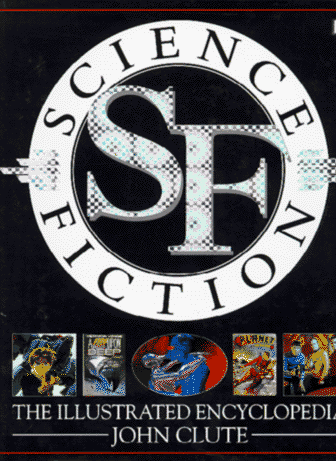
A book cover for Science Fiction: The Illustrated Encyclopedia; John Clute; Humor & Entertainment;